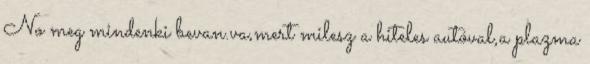
No meg mindenki bevan.va,mert milesz a hiteles autóval,a plazma